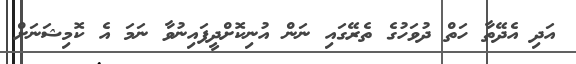
އަދި އެދޭތާ ހަތް ދުވަހުގެ ތެރޭގައި ނަން އުނިކޮށްދީފައިނުވާ ނަމަ އެ ކޮމިޝަނަށް